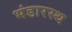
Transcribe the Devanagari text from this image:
भंडारस्थ